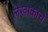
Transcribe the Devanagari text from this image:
लेखाकाचे